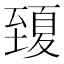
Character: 𦥍